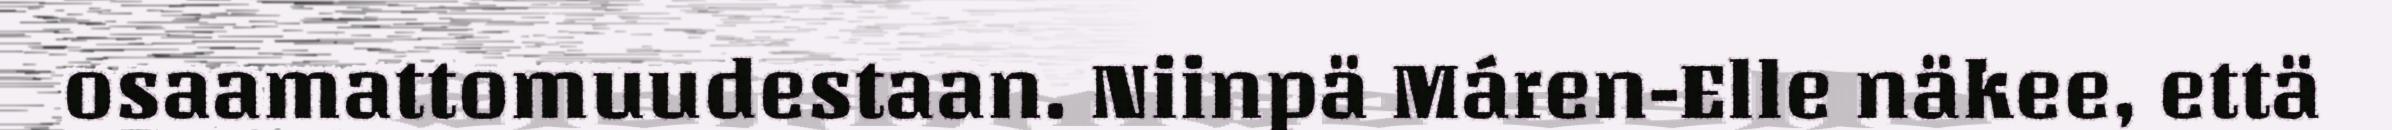
osaamattomuudestaan. Niinpä Máren-Elle näkee, että